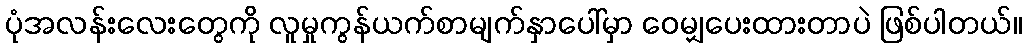
ပုံအလန်းလေးတွေကို လူမှုကွန်ယက်စာမျက်နှာပေါ်မှာ ဝေမျှပေးထားတာပဲ ဖြစ်ပါတယ်။